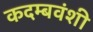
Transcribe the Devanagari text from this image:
कदम्बवंशी